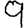
Digit: 9